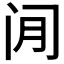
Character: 𫔮